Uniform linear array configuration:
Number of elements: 4
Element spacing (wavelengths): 0.5
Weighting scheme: uniform
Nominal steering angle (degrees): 30
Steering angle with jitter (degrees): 30.788
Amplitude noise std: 0.05
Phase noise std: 0.05

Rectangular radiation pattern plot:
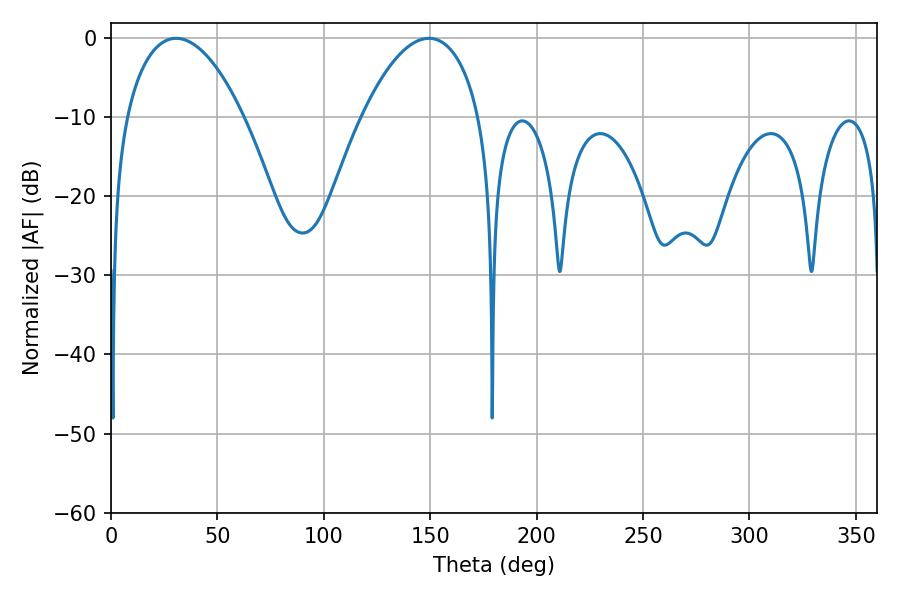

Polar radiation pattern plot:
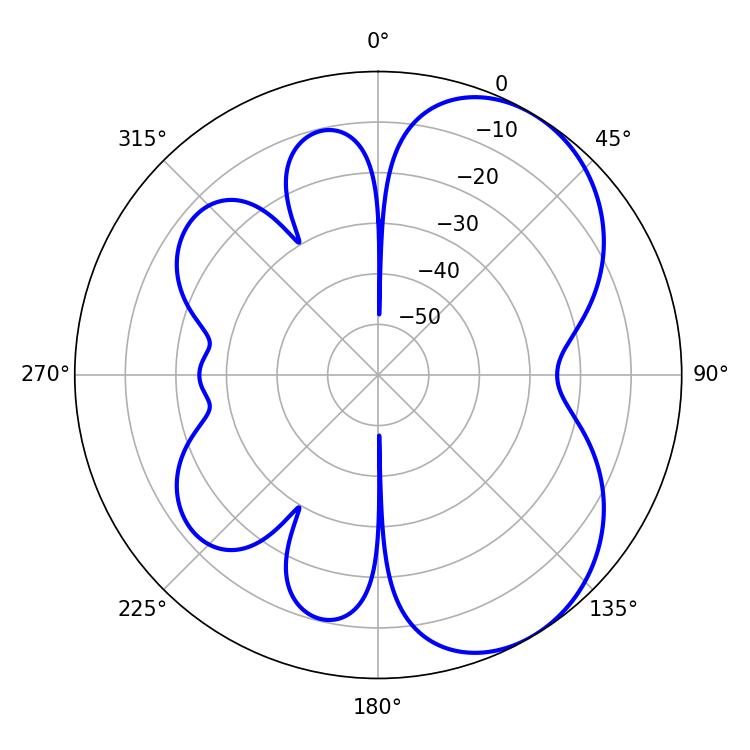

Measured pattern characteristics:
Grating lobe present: FALSE
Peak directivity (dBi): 5.524
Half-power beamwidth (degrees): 30.96
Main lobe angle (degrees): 30.6